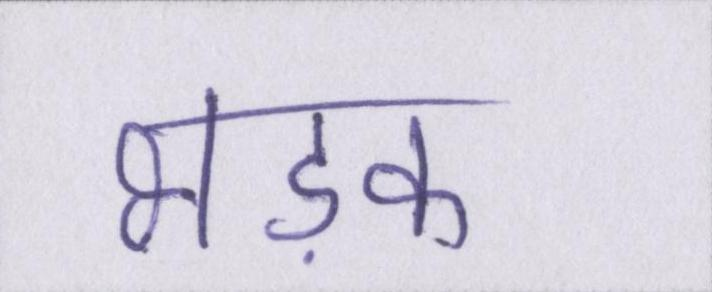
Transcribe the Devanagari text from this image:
भड़क